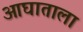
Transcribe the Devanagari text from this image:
आघाताला